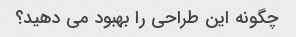
چگونه این طراحی را بهبود می دهید؟